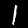
Digit: 1